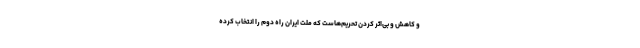
و کاهش و بی‌اثر کردن تحریم‌هاست که ملت ایران راه دوم را انتخاب کرده